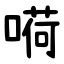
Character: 嗬